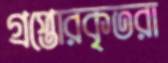
গ্রপ্তোরকৃতরা